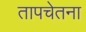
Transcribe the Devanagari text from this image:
तापचेतना